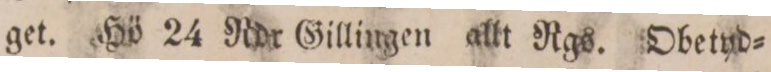
get. Hö 24 Rdr Gillingen allt Rgs. Obetyd=